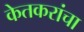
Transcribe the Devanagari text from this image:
केतकरांचा